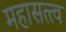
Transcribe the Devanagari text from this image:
महासत्त्व